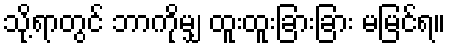
သို့ရာတွင် ဘာကိုမျှ ထူးထူးခြားခြား မမြင်ရ။